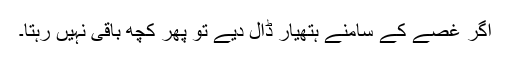
اگر غصے کے سامنے ہتھیار ڈال دیے تو پھر کچھ باقی نہیں رہتا۔